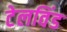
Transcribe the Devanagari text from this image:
टेलविंड